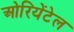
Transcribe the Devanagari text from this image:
ओरियेंटेल